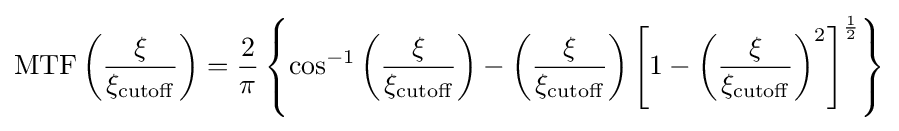
\mathrm {MTF} \left({\frac {\xi }{\xi _{\mathrm {cutoff} }}}\right)={\frac {2}{\pi }}\left\{\cos ^{-1}\left({\frac {\xi }{\xi _{\mathrm {cutoff} }}}\right)-\left({\frac {\xi }{\xi _{\mathrm {cutoff} }}}\right)\left[1-\left({\frac {\xi }{\xi _{\mathrm {cutoff} }}}\right)^{2}\right]^{\frac {1}{2}}\right\}